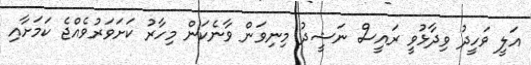
އަލީ ވަހީދު ވިދާޅުވީ ރައީސް ނަޝީދު މިނިވަން ވާނެކަން މިހާރު ކަށަވަރުވެއްޖެ ކަމަށާއި